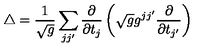
\triangle = { \frac { 1 } { \sqrt { g } } } \sum _ { j j ^ { \prime } } { \frac { \partial } { \partial t _ { j } } } \left( \sqrt { g } g ^ { j j ^ { \prime } } { \frac { \partial } { \partial t _ { j ^ { \prime } } } } \right)